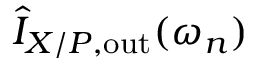
\hat { I } _ { X / P , \mathrm { o u t } } ( \omega _ { n } )